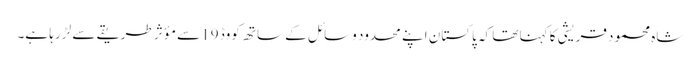
شاہ محمود قریشی کا کہنا تھا کہ پاکستان اپنے محدود وسائل کے ساتھ کووڈ 19 سے مؤثر طریقے سے لڑ رہا ہے۔